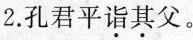
2.孔君平诣其父。